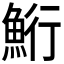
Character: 𫙚